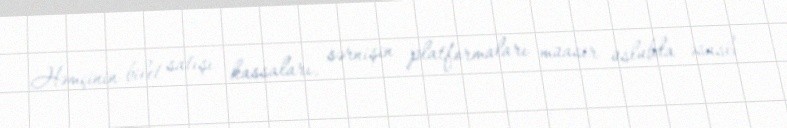
Həmçinin bilet satışı kassaları, sərnişin platformaları müasir üslubda əsaslı